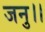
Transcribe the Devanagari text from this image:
जनु।।